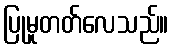
ပြုမူတတ်လေသည်။